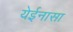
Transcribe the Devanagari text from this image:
येईनासा